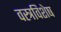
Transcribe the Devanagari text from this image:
वस्त्रविशेष